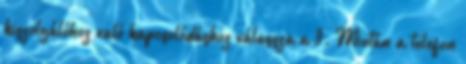
kiszolgálóhoz való kapcsolódáshoz válassza a 3. Miután a telefon